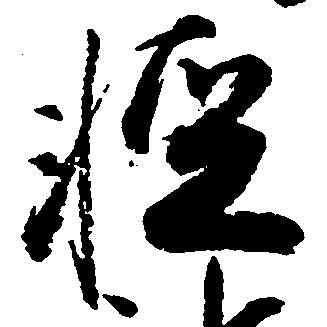
軽